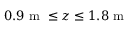
0 . 9 \textrm { m } \leq z \leq 1 . 8 \textrm { m }